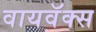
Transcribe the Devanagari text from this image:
वायवॅक्स